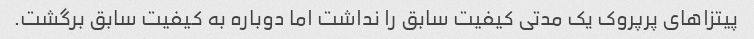
پیتزاهای پرپروک یک مدتی کیفیت سابق را نداشت اما دوباره به کیفیت سابق برگشت.